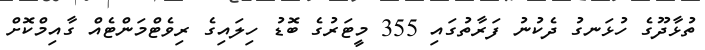
ތުޅާދޫގެ ހުޅަނގު ދެކުނު ފަރާތުގައި 355 މީޓަރުގެ ބޮޑު ހިލައިގެ ރިވެޓްމަންޓެއް ގާއިމްކޮށް